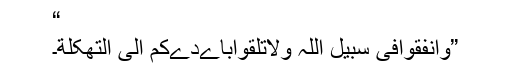
“
”وانفقوافى سبيل اللّٰہ ولاتلقواباےدےکم الى التھکلة۔